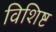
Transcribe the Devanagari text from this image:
विशिष्ट